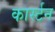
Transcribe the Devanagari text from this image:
कार्स्टन